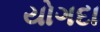
યોગદા